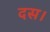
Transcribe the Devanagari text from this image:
दस।